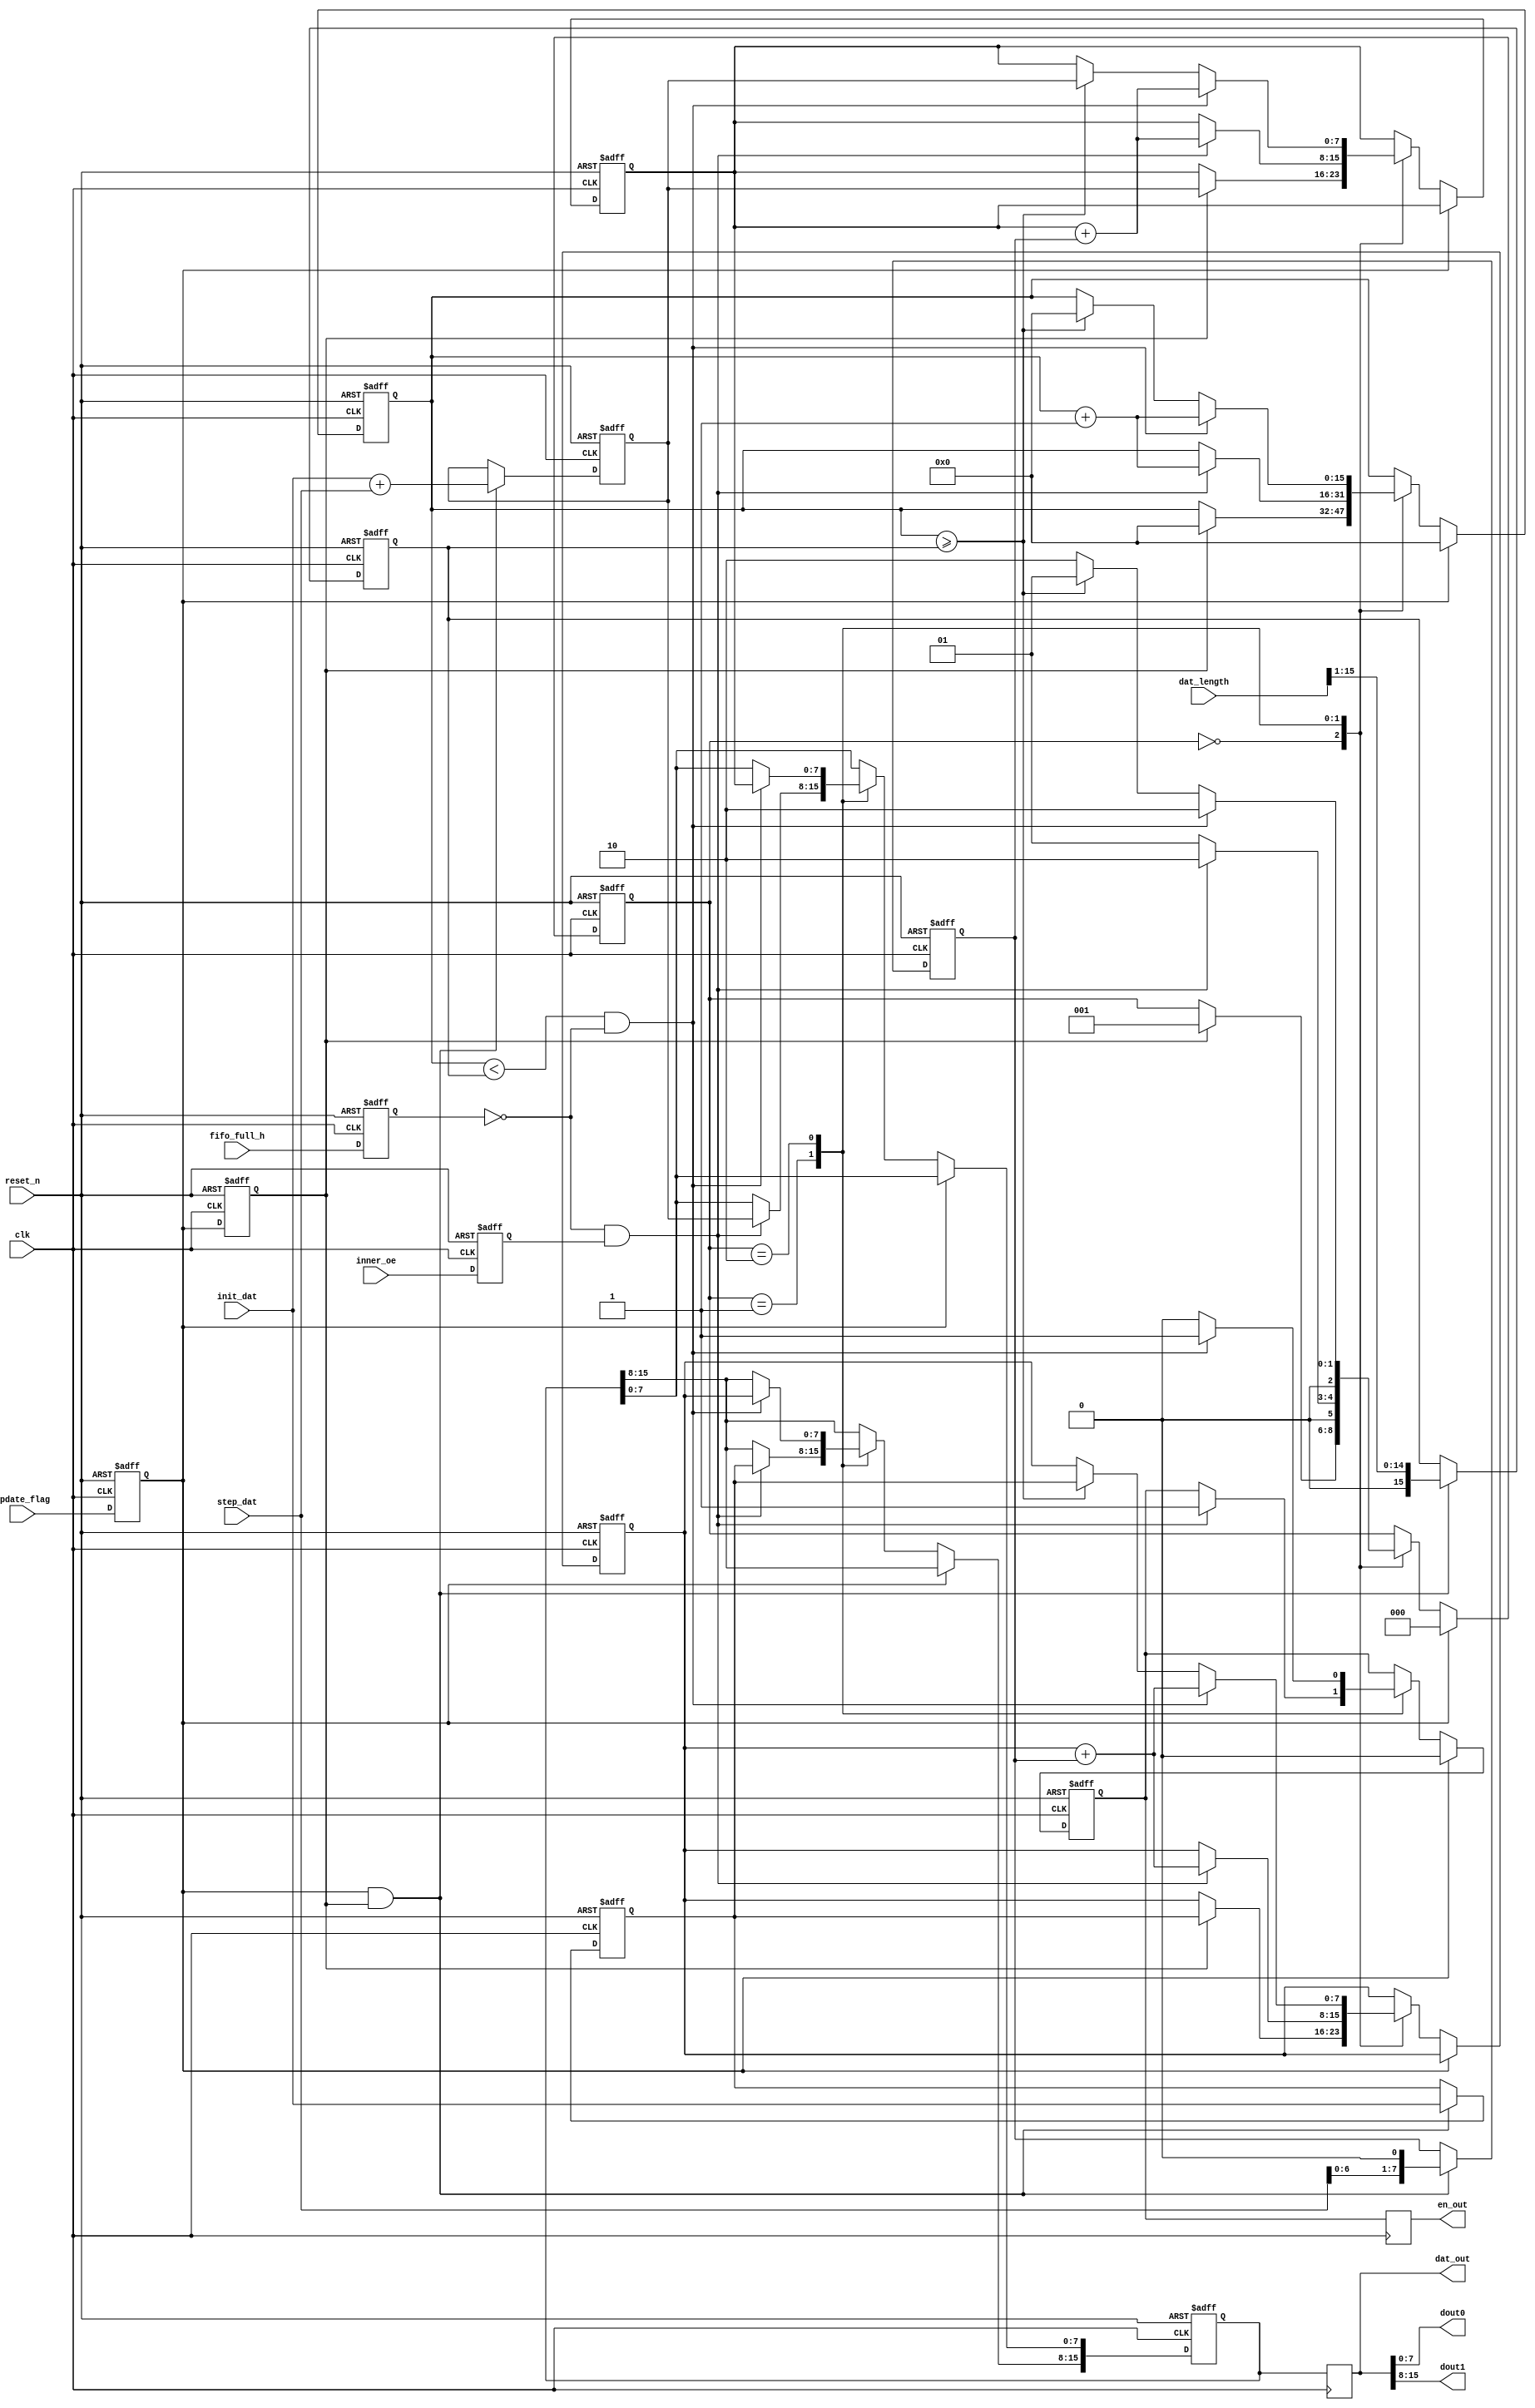
module InnerSourceCon(
						input clk,
						input reset_n,
						
						input [7 : 0] init_dat,
						input [7 : 0] step_dat,
						input update_flag,
						
						
						input [15 : 0] dat_length,
						
						
						input fifo_full_h,
						input inner_oe,
						
						output reg [15 : 0] dat_out,
						
						output [7 : 0] dout0,
						output [7 : 0] dout1,
						
						output reg en_out
						
						);
	
//	reg [7 : 0] init_reg;
//	reg [7 : 0] step_reg;
	reg [15 : 0] length_cnt;
	reg fifo_full_h_reg;
	reg inner_oe_reg;
	
	reg flag_reg0;
	reg flag_reg1;
	
	assign dout0 = dat_out[7 : 0];
	assign dout1 = dat_out[15 : 8];
	
	reg [15 : 0] datreg_out;
	reg enreg_out;
	
	always @ (posedge clk)
	begin
		dat_out <= datreg_out;
		en_out <= enreg_out;
	end
	
///////////////////////////////////////////////////////////////////////////////////////////////////////////	
	always @ (posedge clk or negedge reset_n)
	begin
		if (!reset_n)
		begin
			flag_reg0 <= 1'b0;
			flag_reg1 <= 1'b0;
			fifo_full_h_reg <= 1'b0;
			inner_oe_reg <= 1'b0;
		end
		else
		begin
			flag_reg0 <= update_flag;
			flag_reg1 <= flag_reg0;
			fifo_full_h_reg <= fifo_full_h;
			inner_oe_reg <= inner_oe;
		end
	end 

//	always @ (posedge clk or negedge reset_n)
//	begin
//		if (!reset_n)
//		begin
//			init_reg <= 8'd0 ; 
//			step_reg <= 8'd1 ; 
//			length_cnt <= 16'd0;
//			
//		end 
//		else if (update_flag & !flag_reg0)
//		begin
//			init_reg <= init_dat;
//			step_reg <= step_dat;
//			length_cnt <= {1'b0,dat_length[15:1]};
//		end 
//	end 
///////////////////////////////////////////////////////////////////////////////////////////////////////////	
	
	reg [7 : 0] init0_reg1;
	reg [7 : 0] init1_reg1;
	reg [7 : 0] step2_reg1;
	
	always @ (posedge clk or negedge reset_n)
	begin
		if (!reset_n)
		begin
			init0_reg1 <= 8'd0 ; 
			init1_reg1 <= 8'd0 ;
			step2_reg1 <= 8'd2 ; 
			length_cnt <= 16'd0;
		end 
		else if (flag_reg0 & flag_reg1)
		begin
			init1_reg1 <= init_dat ; 
			init0_reg1 <= init_dat + step_dat; 
			step2_reg1 <= { step_dat[6:0] , 1'b0 }; 
			length_cnt <= {1'b0,dat_length[15:1]};
		end 
	end
///////////////////////////////////////////////////////////////////////////////////////////////////////////			
	reg [2 : 0] state;
	
	parameter idle = 3'd0;
	parameter calc0 = 3'd1;
	parameter calc1 = 3'd2;
	
	reg [15 : 0] counter;
	
	reg  [7 : 0] temp_reg0;
	reg  [7 : 0] temp_reg1;
	
	
	always @ (posedge clk or negedge reset_n)
	begin
		if (!reset_n)
		begin
			state <= idle;
			enreg_out <= 1'b0;
			datreg_out <= 16'd0;
			counter <= 16'd0;
			temp_reg0 <= 8'd0;
			temp_reg1 <= 8'd0;
		end 
		else if (flag_reg0)
		begin
			state <= idle;
			enreg_out <= 1'b0;
			counter <= 16'd0;
		end
		else
		begin
			case (state) 
				idle:
				begin
				if (flag_reg1)
				begin
					state <= calc0;
					counter <= 16'd0;
					temp_reg0 <= init0_reg1;
					temp_reg1 <= init1_reg1;
				end
				end
				calc0:
				begin
					if (!fifo_full_h_reg & inner_oe_reg)
					begin
						state <= calc1;
						
						datreg_out[7  : 0] <= init0_reg1;//
						datreg_out[15 : 8] <= init1_reg1;//
						
						temp_reg0 <= temp_reg0 + step2_reg1;
						temp_reg1 <= temp_reg1 + step2_reg1;
						
						enreg_out <= 1'b1;
						counter <= counter + 1'b1;
					end
					else
					begin
						state <= calc0;
					end
				end
				calc1:
				begin
					if ( (counter < length_cnt)&&(!fifo_full_h_reg) )
					begin
						state <= calc1;
						
						
						datreg_out[7  : 0] <= temp_reg0;
						datreg_out[15 : 8] <= temp_reg1;
						
						
						temp_reg0 <= temp_reg0 + step2_reg1;
						temp_reg1 <= temp_reg1 + step2_reg1;
						
											
						enreg_out <= 1'b1;
						counter <= counter + 1'b1;
					end
					else if(counter >= length_cnt)
					begin
						state <= calc0;
						enreg_out <= 1'b0;
						temp_reg0 <= init0_reg1;
						temp_reg1 <= init1_reg1;
						counter <= 16'd0;
					end
					else
					begin
						state <= calc1;
						enreg_out <= 1'b0;
					end
				end
				default:; 
			endcase 
		end 
	end
endmodule